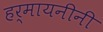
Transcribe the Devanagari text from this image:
हर्मायनीनी